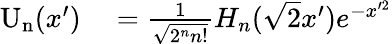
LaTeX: \begin{array}{rl}{\mathrm{U_{n}}(x^{\prime})}&{{}=\frac{1}{\sqrt{2^{n}n!}}H_{n}(\sqrt{2}x^{\prime})e^{-x^{\prime 2}}}\end{array}